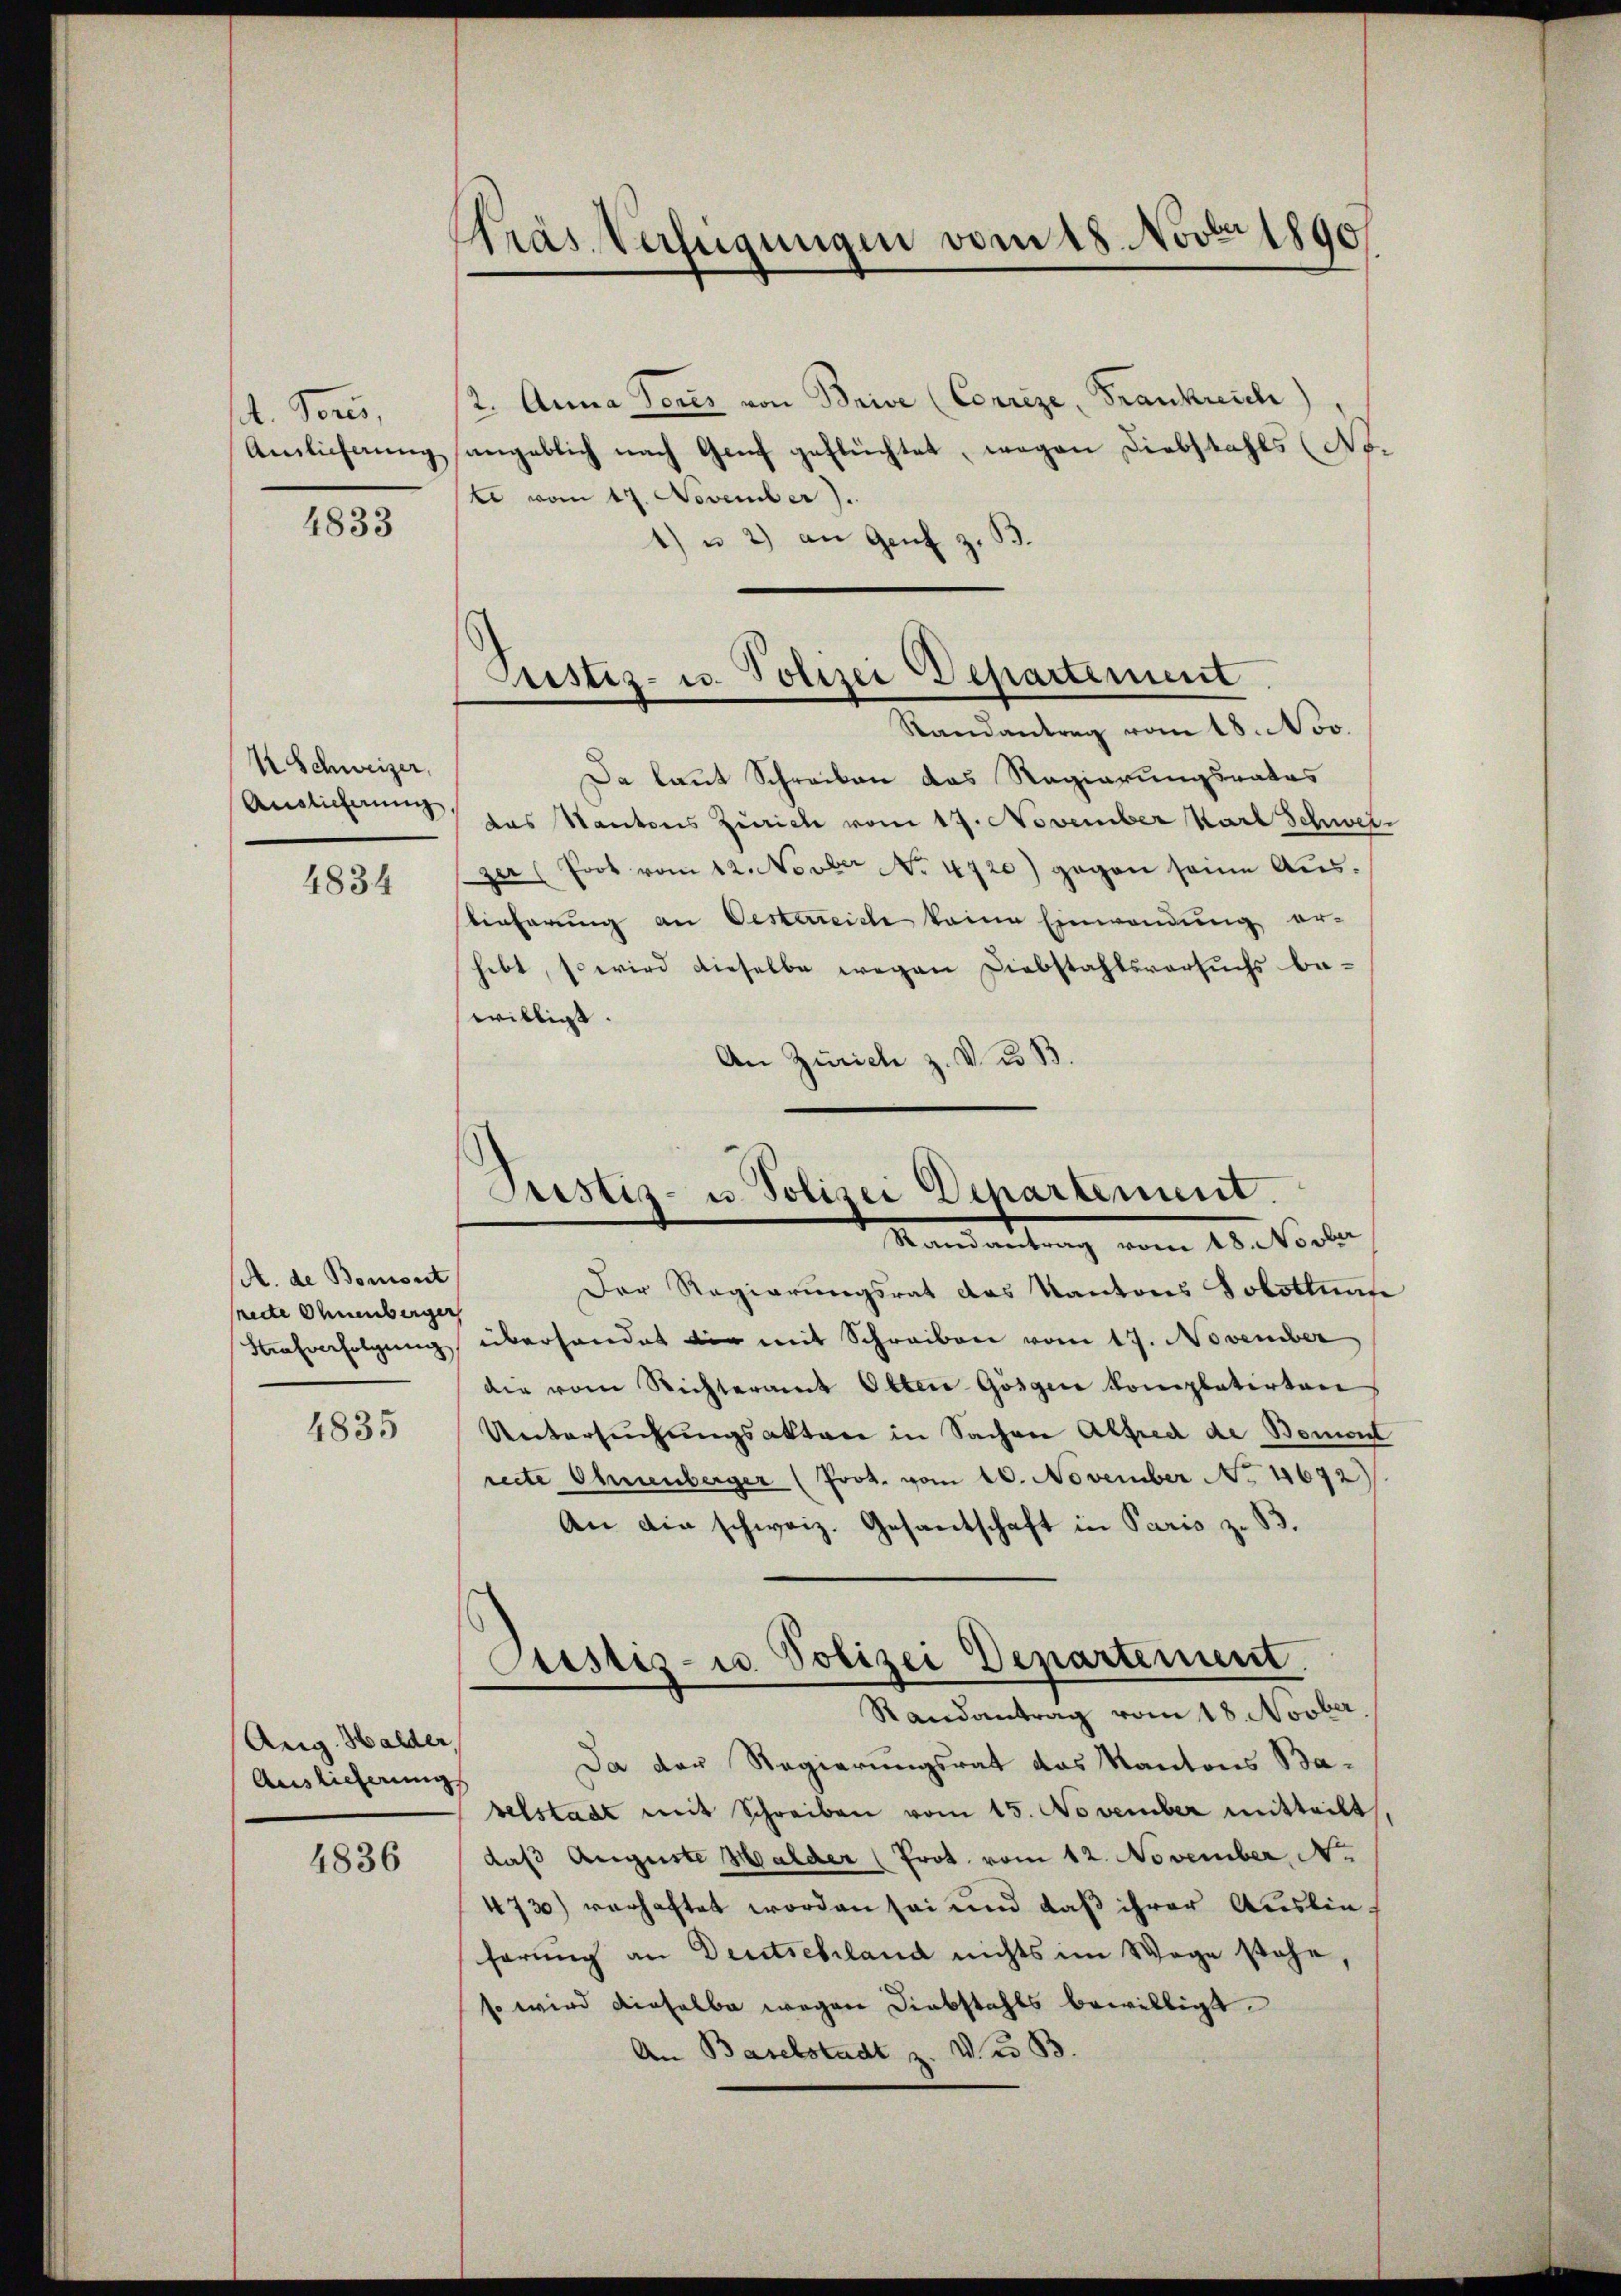
A. Vors
Amlicherung

4833

½ Schweizer,
Auslieferung

4834

A. de Bomont
secte Ohnenberger
Hafverfolgung

4835

Arg. Halder,
Auslieferung

4836

Pras Verfügungen vom 18. Nov. 1890

2. Anna Venez von Brise (Correze, Frankreich)
ngeblich nach Genf geflüchtet, wegen Diebstahls (Note vom 17. November).
4) u 2) an Ganz z.

Randantrag vom 18. Nov.
Da laut Schreiben das Regierungsrates
das Kantons Zürich vom 19. November Karl Schwei-
zer (Poot vom 12. Novber No. 4720) gegen seine Austieferung an Oesterreiche keine Einwendung er-
hebt, so wird dieselbe wegen Diebstahlsversuchs be-
willigt.
An Zürich z. V. B. B

Justiz- u. Polizei Departement

Justiz- u Polizei Departement.
Mandantung vom 10. Vorbe

Der Regierungsrat des Kantons Jobottuar
überhandet die mit Schreiben vom 17. November
die vom Richteramt Otten Gösgen Kompleterten
Untersuchungsaktere in Sachen Alfred de Bemont
recte Ohenberger (Prot. vom 10. November N. 44672)
An die schweiz. Gesantschaft in Paris z. B.
Da der Regierungsrat das Kantons Babelstadt mit Schreiben vom 15. November mitteilt,
daß Auguste Halder (Prot. vom 12. November No.
473) verhaftet worden sei und daß ihrer Auslieferung an Deutschland nichts im Wege stehe,
so wird dieselbe wegen Diebstahls bewilligt.
An Baselstadt z. V. B.

Justiz- u. Polizei Departement.
Randantrag vom 18. Novber.